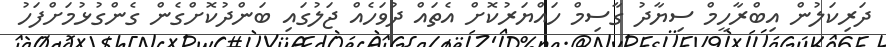
ދަރިކަލުން އިބްރާހީމް ސިޔާދު ގާސިމް ހައްޔަރުކޮށް އެތައް ދުވަހެއް ޖަލުގައި ބަންދުކޮށްގެން ގެންގުޅުމަށްފަހު